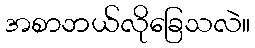
အစာဘယ်လိုခြေသလဲ။